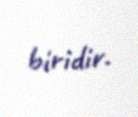
biridir.